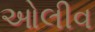
ઓલીવ